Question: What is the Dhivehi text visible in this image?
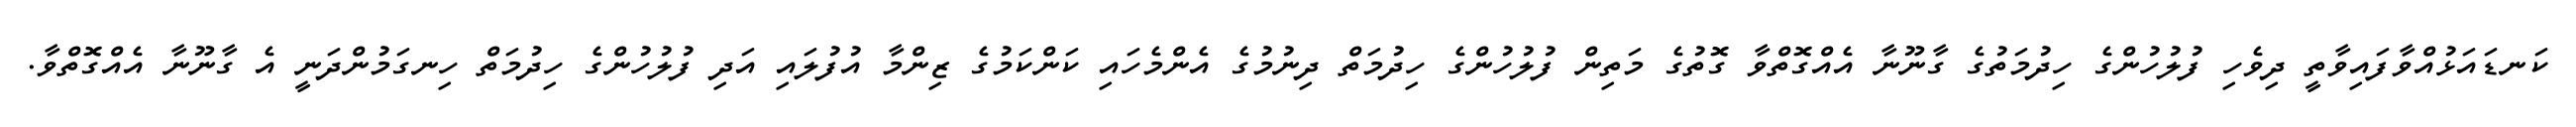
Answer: ކަނޑައަޅުއްވާފައިވާތީ ދިވެހި ފުލުހުންގެ ހިދުމަތުގެ ގާނޫނާ އެއްގޮތްވާ ގޮތުގެ މަތިން ފުލުހުންގެ ހިދުމަތް ދިނުމުގެ އެންމެހައި ކަންކަމުގެ ޒިންމާ އުފުލައި އަދި ފުލުހުންގެ ހިދުމަތް ހިނގަމުންދަނީ އެ ގާނޫނާ އެއްގޮތްވާ.